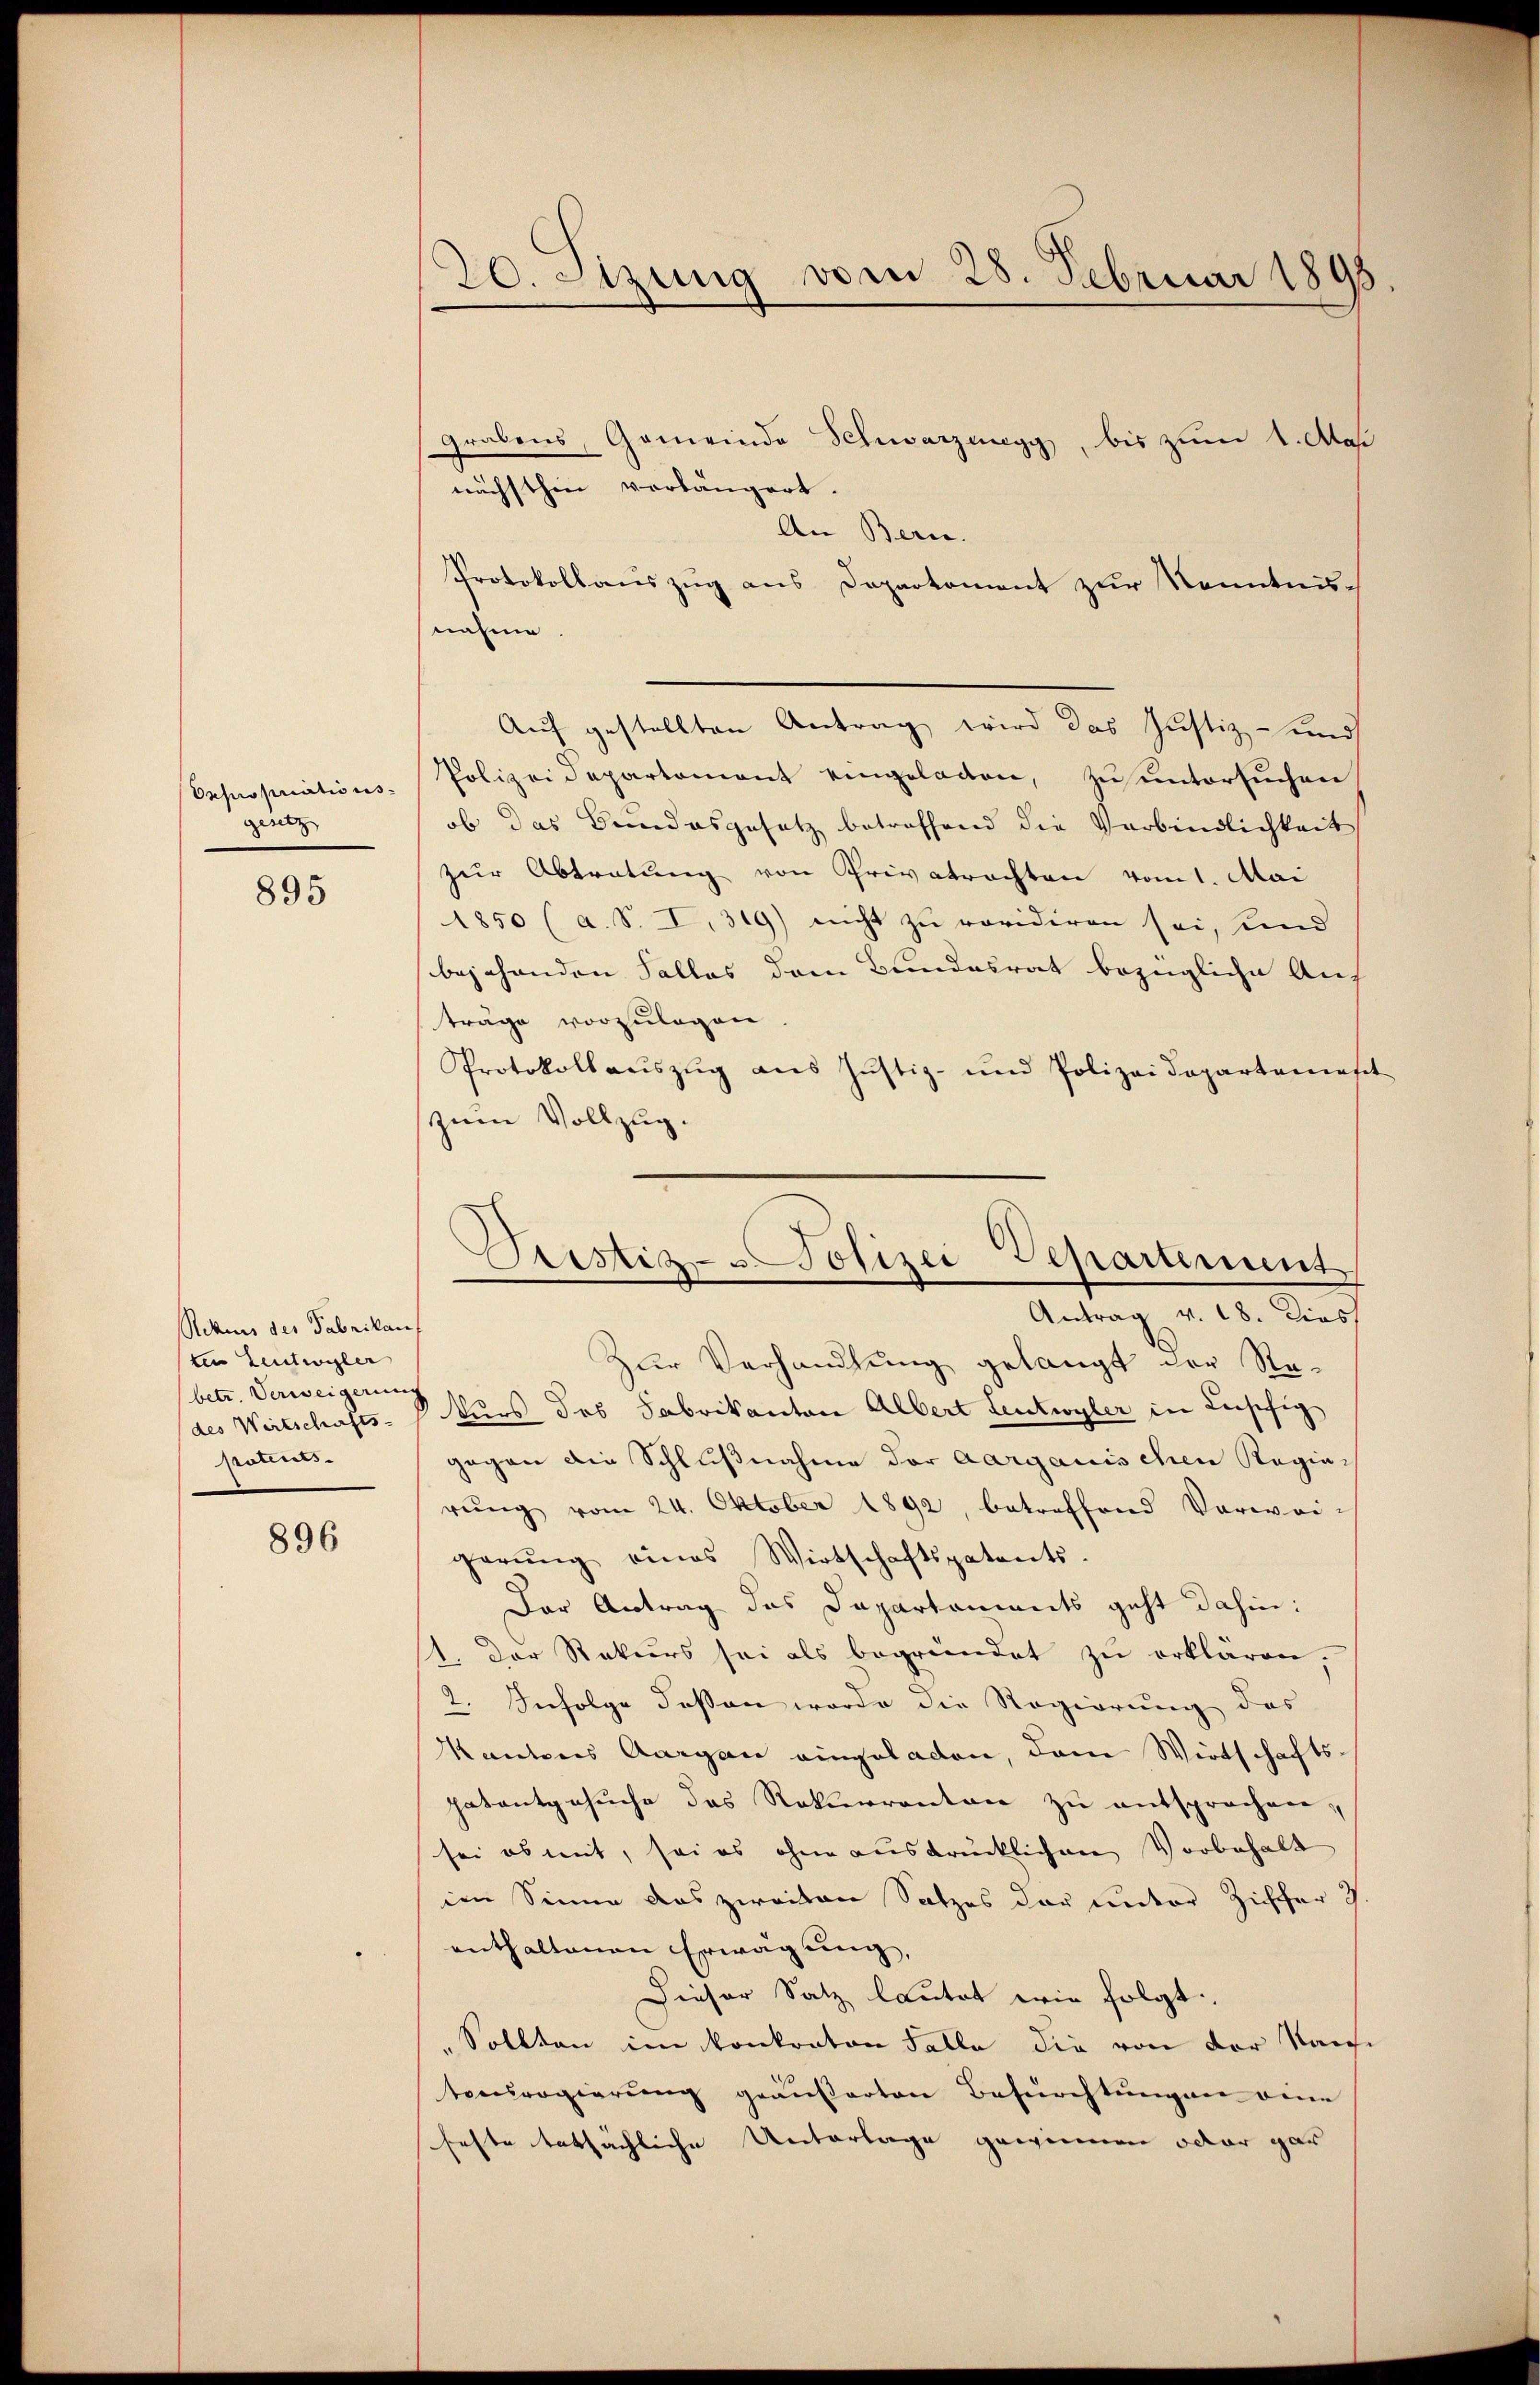
Oxpropriations
gesetz

895

Rekurs des Fabrikan
ten Leutwigler
betr. Verweigerung
(des Wertschafts-
potiers.

896

20. Sitzung vom 28. Februar 1895

Grabens, Gemeinde Schwarzenegg, bis zum 1. Daß
nächsthin vorlängert.
An Bern.
Protokollauszug aus Dopartement zur Kenntnis-
nahme
Auf gestellten Antrag wird das Justiz- und
Polizeidepartement eingeladen, zu untersuchen
ob das Bundesgesetz betreffend die Verbindlichkeit
zur Abtratung von Privatrechten vom 1. Mai
1850 (a. S. I. 319) nicht zu revidiren sei, und
bejahenden Falles dem Bundesrat bezügliche Auf
träge vorzulegen
Protokollaŭszŭg ans Jŭstiz- und Polizeidepartemest
zum Vollzug.
Zur Verhandlung gelangt der Re-
kurs das Fabrikanton Albert Leutwyler in Beschig
gegen die Schlußnahme der Aargauischen Ragia-
rŭng vom 24. Oktober 1892, betreffend Vorwei-
gerung eines Wirtschaftspatents-
Der Antrag des Departaments geht dahin:
1. Der Rekurs sei als begründet zu erklären,
2. Infolge dessen worde die Regierung des
Kantons Aargau eingeladen, dem Wirtschaftspatentgesuche das Rekurrenten zu entsprochen,
sei ob mit, sei es ohne ausdrücklichen Vorbehalt
im Sinne das zweiten Satzes der unter Ziffer
enthaltenen Erwägung,
Dieser Satz lautet wie folgt.
„Sollten im konkraton Falle die von der Kaise
tocerogierung geäußerten Besuchtungen eine
feste tatsächliche Unterlage gewinnen oder gar

Sistiz- & Polizei Departement
Antrag v. 18. Dies